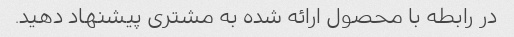
در رابطه با محصول ارائه شده به مشتری پیشنهاد دهید.